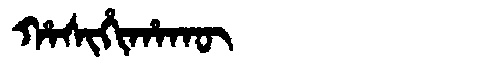
Manchu: ᡥᠠᠰᡳᡥᡳᡥᠠᡴᡡ
Romanization: HASIHIHAKŪ